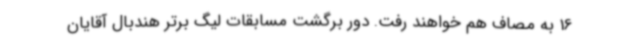
16 به مصاف هم خواهند رفت. دور برگشت مسابقات لیگ برتر هندبال آقایان